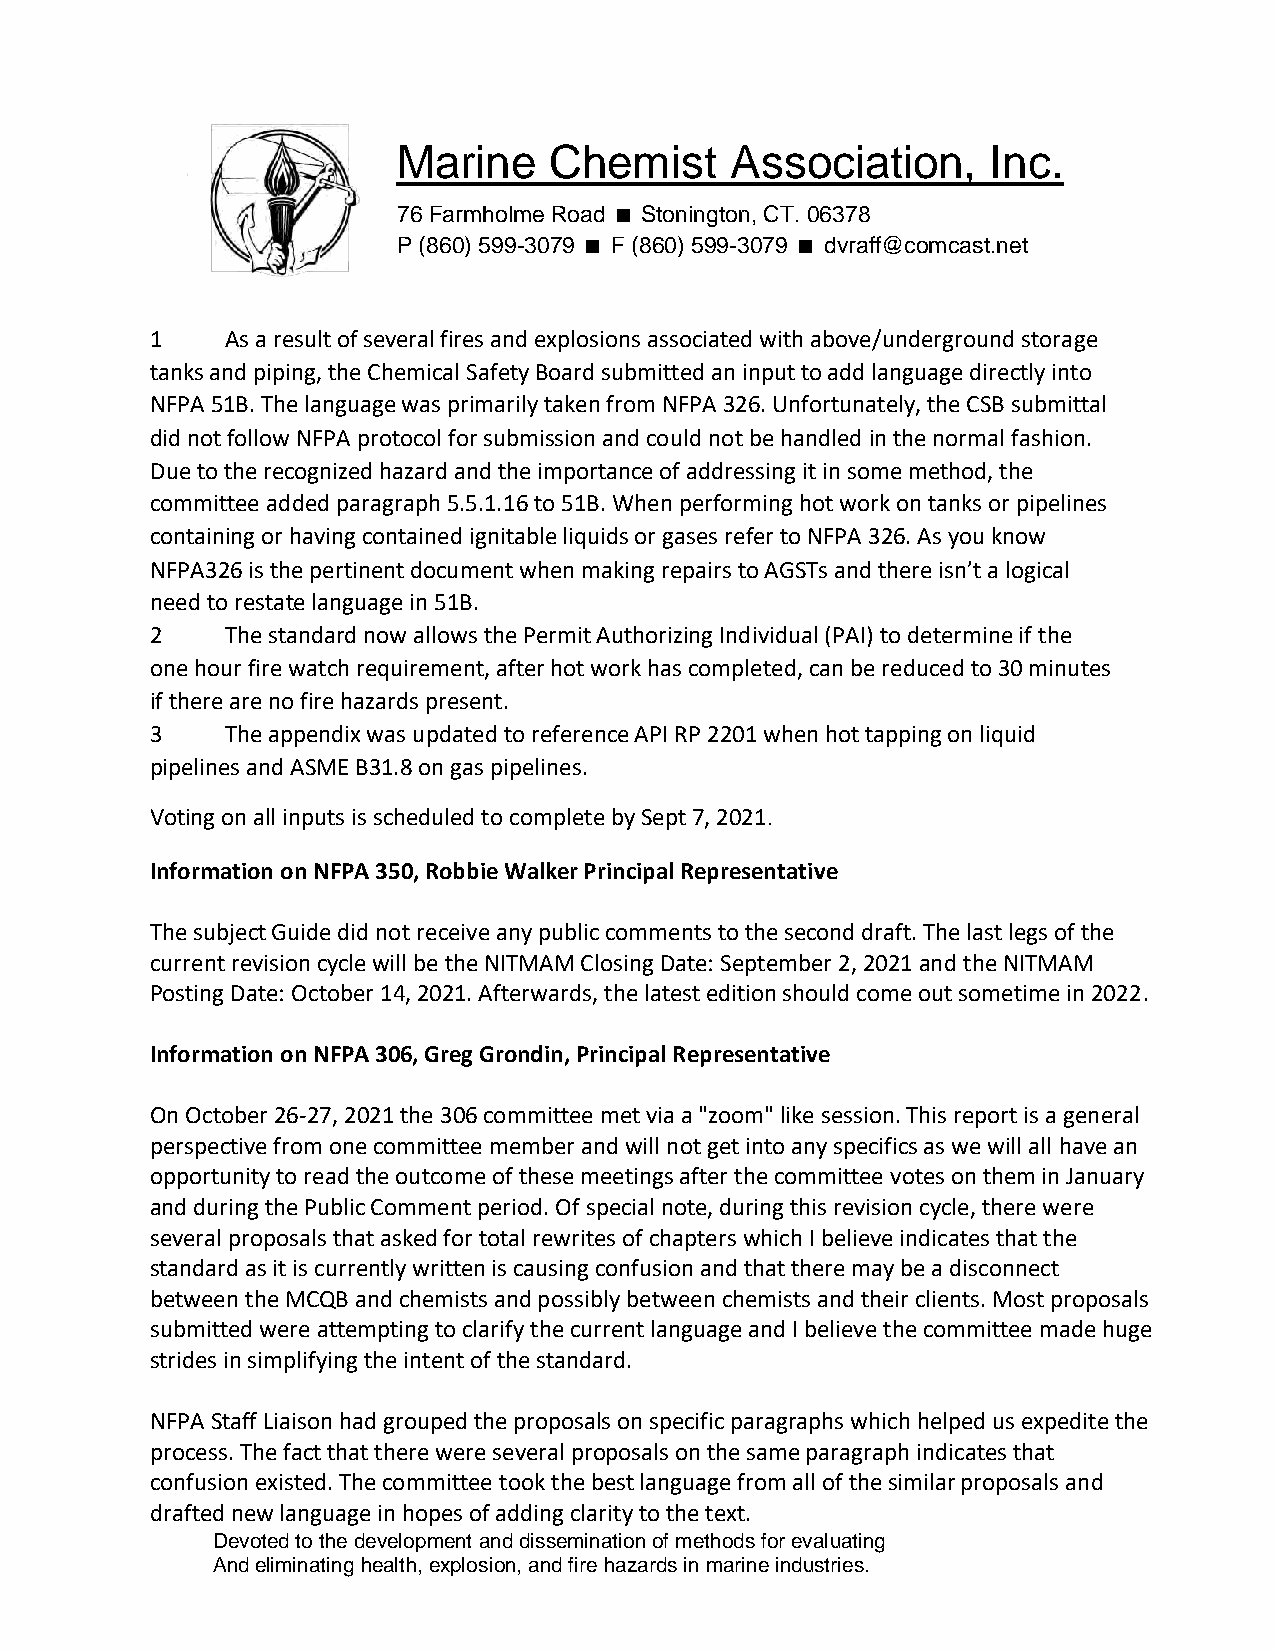
Marine    Chemist     Association,      Inc.
 76 Farmholme Road Stonington, CT. 06378
 P (860) 599-3079 F (860) 599-3079 dvraff@comcast.net
 1    As a result of several fires and explosions associated with above/underground storage
 tanks and piping, the Chemical Safety Board submitted an input to add language directly into
 NFPA 51B. The language was primarily taken from NFPA 326. Unfortunately, the CSB submittal
 did not follow NFPA protocol for submission and could not be handled in the normal fashion.
 Due to the recognized hazard and the importance of addressing it in some method, the
 committee added paragraph 5.5.1.16 to 51B. When performing hot work on tanks or pipelines
 containing or having contained ignitable liquids or gases refer to NFPA 326. As you know
 NFPA326 is the pertinent document when making repairs to AGSTs and there isn’t a logical
 need to restate language in 51B.
 2    The standard now allows the Permit Authorizing Individual (PAI) to determine if the
 one hour fire watch requirement, after hot work has completed, can be reduced to 30 minutes
 if there are no fire hazards present.
 3    The appendix was updated to reference API RP 2201 when hot tapping on liquid
 pipelines and ASME B31.8 on gas pipelines.
 Voting on all inputs is scheduled to complete by Sept 7, 2021.
 Information on NFPA 350, Robbie Walker Principal Representative
 The subject Guide did not receive any public comments to the second draft. The last legs of the
 current revision cycle will be the NITMAM Closing Date: September 2, 2021 and the NITMAM
 Posting Date: October 14, 2021. Afterwards, the latest edition should come out sometime in 2022.
 Information on NFPA 306, Greg Grondin, Principal Representative
 On October 26-27, 2021 the 306 committee met via a "zoom" like session. This report is a general
 perspective from one committee member and will not get into any specifics as we will all have an
 opportunity to read the outcome of these meetings after the committee votes on them in January
 and during the Public Comment period. Of special note, during this revision cycle, there were
 several proposals that asked for total rewrites of chapters which I believe indicates that the
 standard as it is currently written is causing confusion and that there may be a disconnect
 between the MCQB and chemists and possibly between chemists and their clients. Most proposals
 submitted were attempting to clarify the current language and I believe the committee made huge
 strides in simplifying the intent of the standard.
 NFPA Staff Liaison had grouped the proposals on specific paragraphs which helped us expedite the
 process. The fact that there were several proposals on the same paragraph indicates that
 confusion existed. The committee took the best language from all of the similar proposals and
 drafted new language in hopes of adding clarity to the text.
 Devoted to the development and dissemination of methods for evaluating
 And eliminating health, explosion, and fire hazards in marine industries.